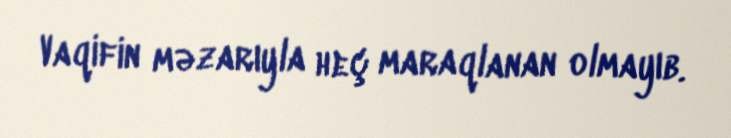
Vaqifin məzarıyla heç maraqlanan olmayıb.